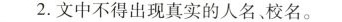
2.文中不得出现真实的人名、校名。